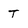
Character: T